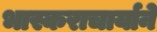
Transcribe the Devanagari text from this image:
भास्कराचार्याने